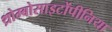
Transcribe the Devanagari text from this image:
थ्रोम्बोसाइटोंपीनिया